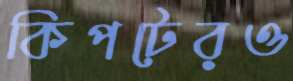
কিপটেরও